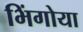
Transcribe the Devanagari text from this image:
भिंगोया